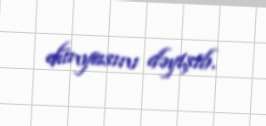
dünyasını dəyişib.